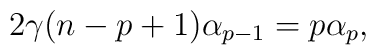
2\gamma (n-p+1)\alpha _{p-1}=p\alpha _{p},